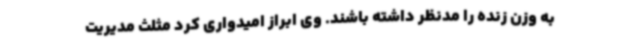
به وزن زنده را مدنظر داشته باشند. وی ابراز امیدواری کرد مثلث مدیریت